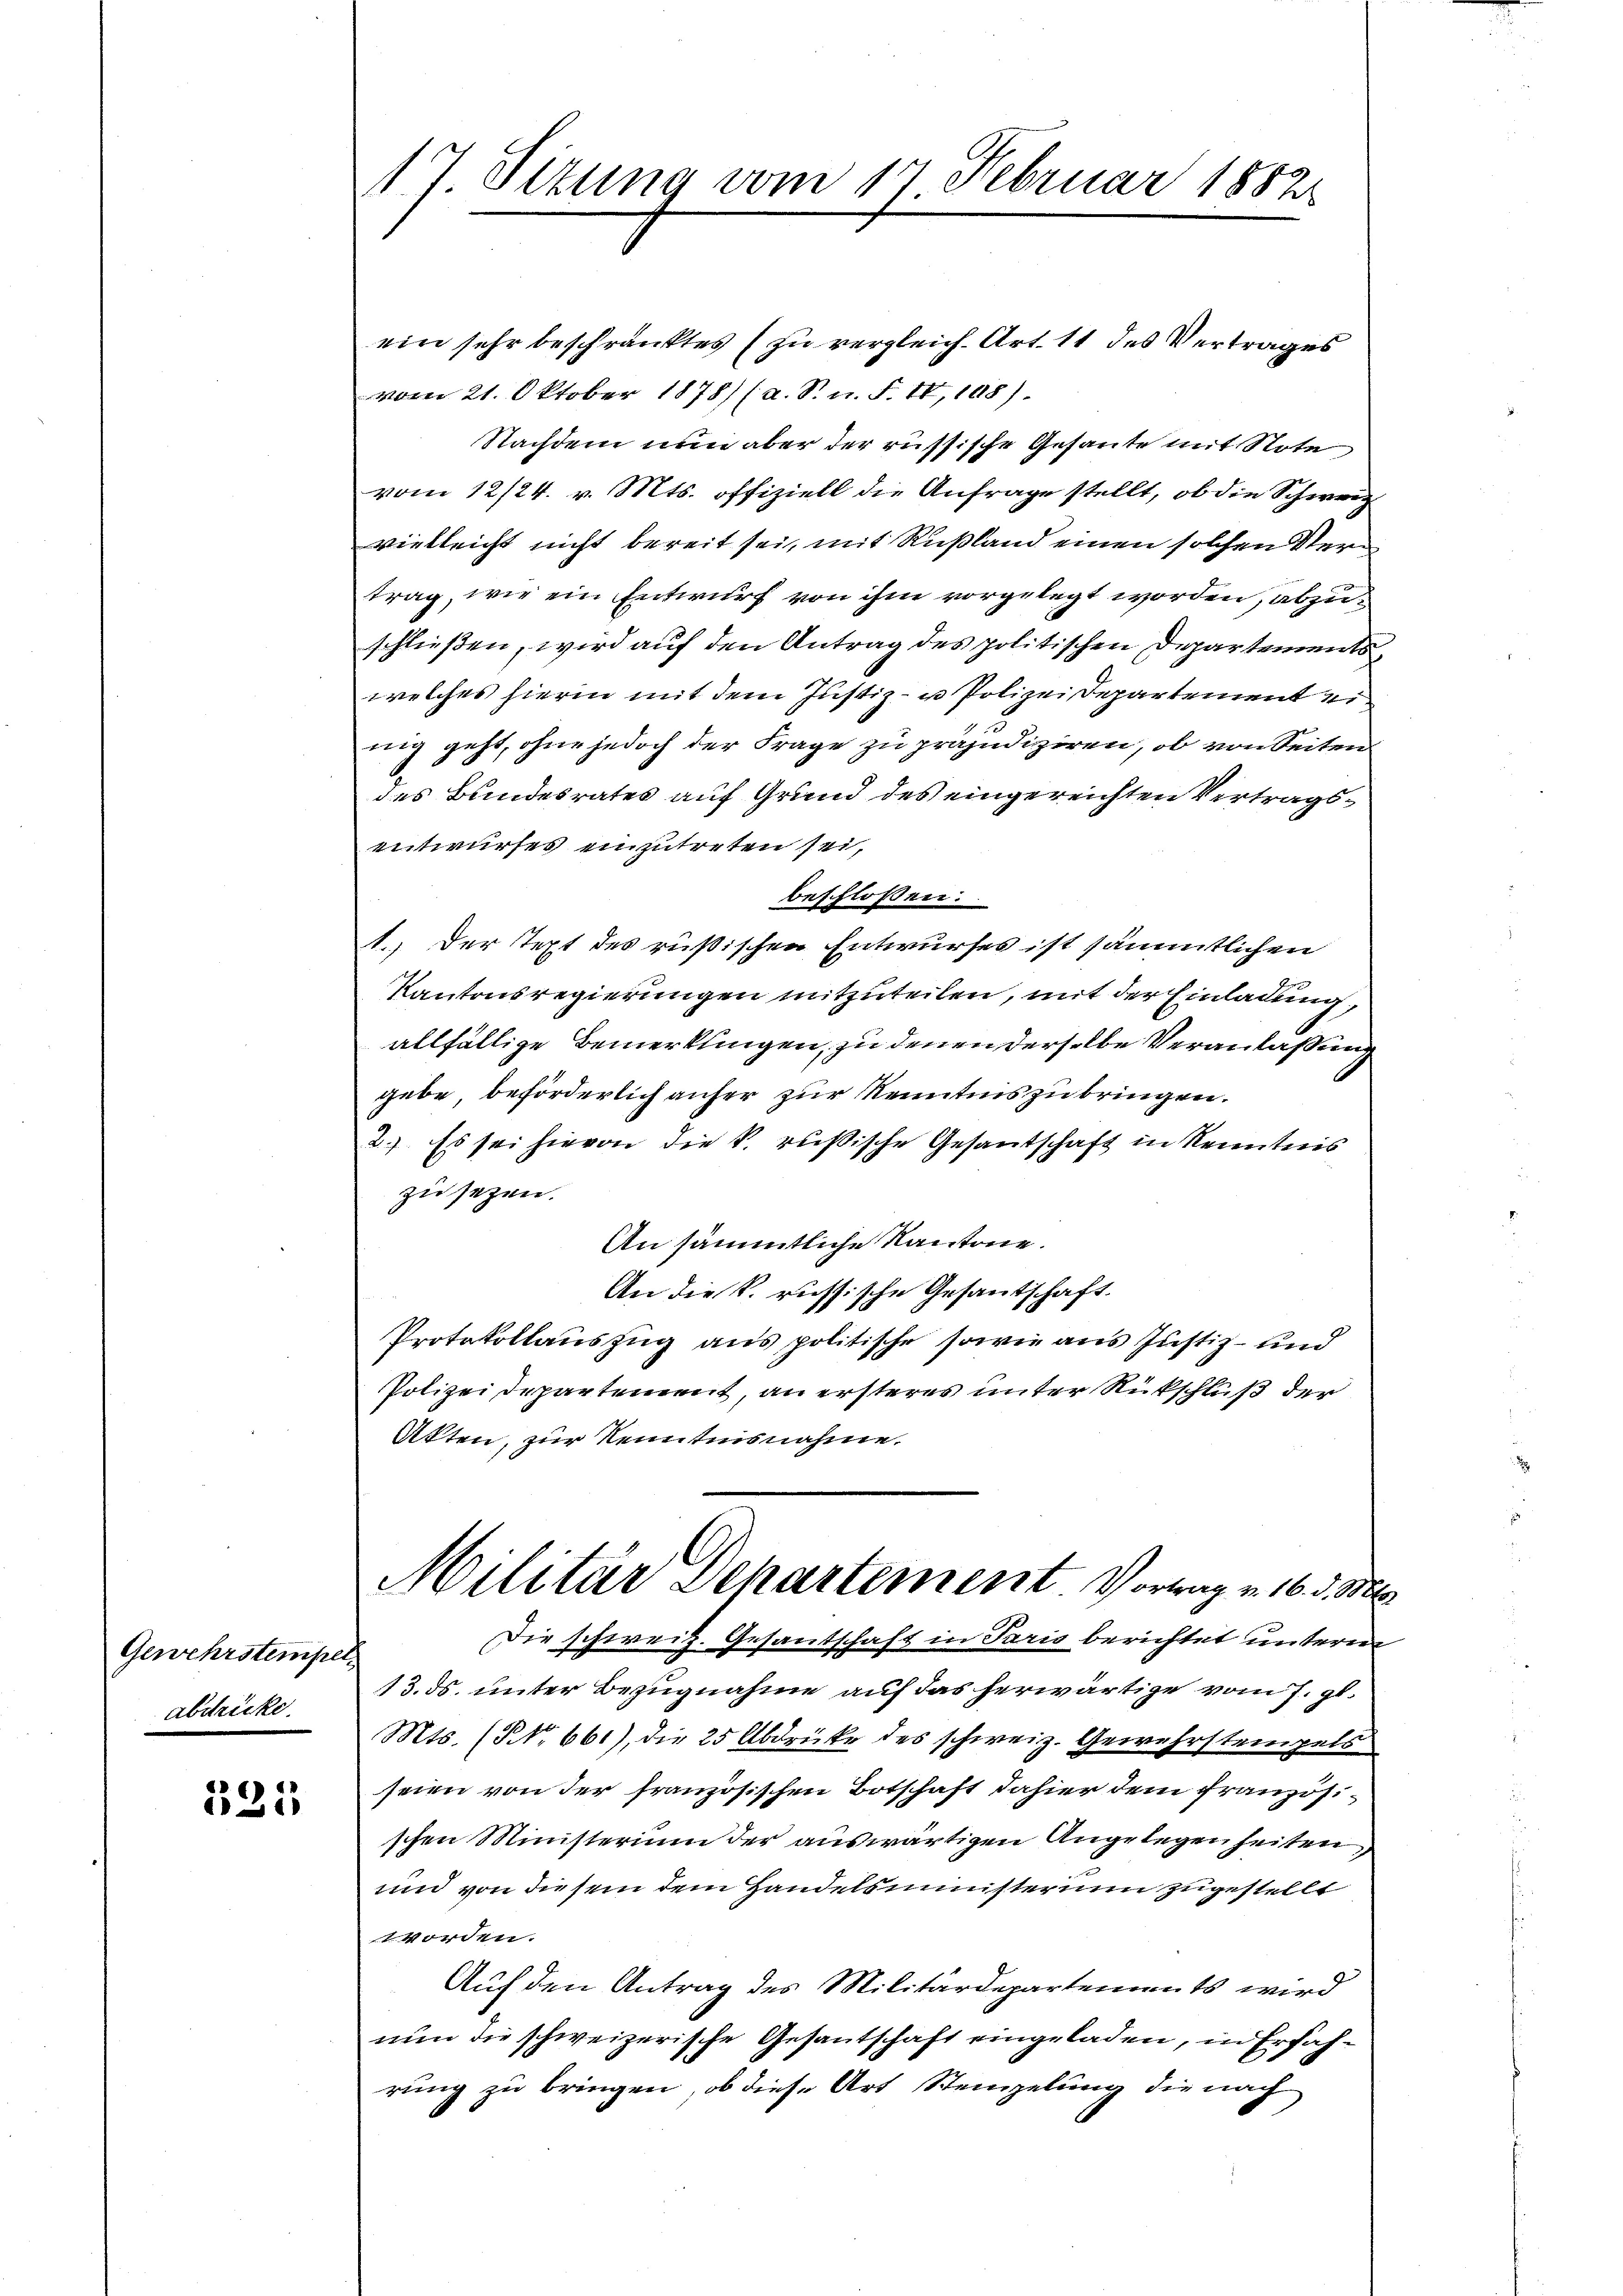
Gewehrstempel
abdrücke.

.
11

17. Seitung vom 17. Februar 1882

ein sehr beschränktes (zu vergleich. Art. 11 des Vertrages
vom 21. Oktober 1878/ (a. S. n. F. II,148)
Nachdem nun aber der russische Gesante mit Note
vom 12/24. v. Mts. offiziell die Anfrage stellt, ob die Schweiz
vielleicht nicht bereit sei, mit Rußland einen solchen Vertrag, wie ein Entwurf von ihm vorgelegt worden, abzuschließen, wird auf den Antrag des politischen Departementswelches hierin mit dem Justiz- u Polizei Departement ei
5
nig geht, ohne jedoch der Frage zu präjudiziren, ob von Seiten
des Bundesrates auf Grund des eingereichten Vertragsentwurfes einzutreten sei,
beschlossen:
1. Der Text des rüßischen Entwurfes ist sämmtlichen
Kantonsregierungen mitzuteilen, mit der Einladung,
allfällige Bemerklingen, zu denen derselbe Veranlaßung
gebe, beförderlich anfer zur Kenntnis zu bringen.
2.). Es sei hievon die k. russische Gesantschaft in Kenntnis
zu sezen.
An sämmtliche Kantone.
An die k. russische Gesantschaft.
Protokollauszug aus politische sowie aus Justiz- und
Polizei departement, an ersteres unter Rückschluß der
Akten, zur Kenntnisnahme.
Militär Departement. Vorrag v. 16. d. M.
Die schweiz. Gesandschaft in Paris berichtet unterm
13. ds. unter Bezugnahme auf das herwärtige vom 7. gl.
Mts. (S. 661), die 25 Abdrüke des schweiz. Gewehrstempels
seien von der französischen Botschaft dahier dem französischen Ministerium der auswärtigen Angelegenheiten,
und von diesem dem Handelsminister nun zugestellt
Vorden.
Auf den Antrag des Militärdepartements wird
nun die schweizerische Gesantschaft eingeladen, in Erfahrung zu bringen, ob diese Art Steinzelung die nach